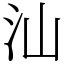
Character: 汕